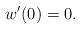
LaTeX: \begin{align*}w^{\prime}(0)=0.\end{align*}